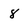
Character: 8